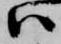
ハ